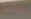
تتناول